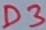
Text: D3